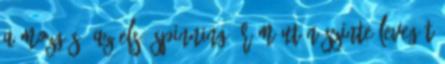
a mozgás, az első spinning órám után szinte levegőt